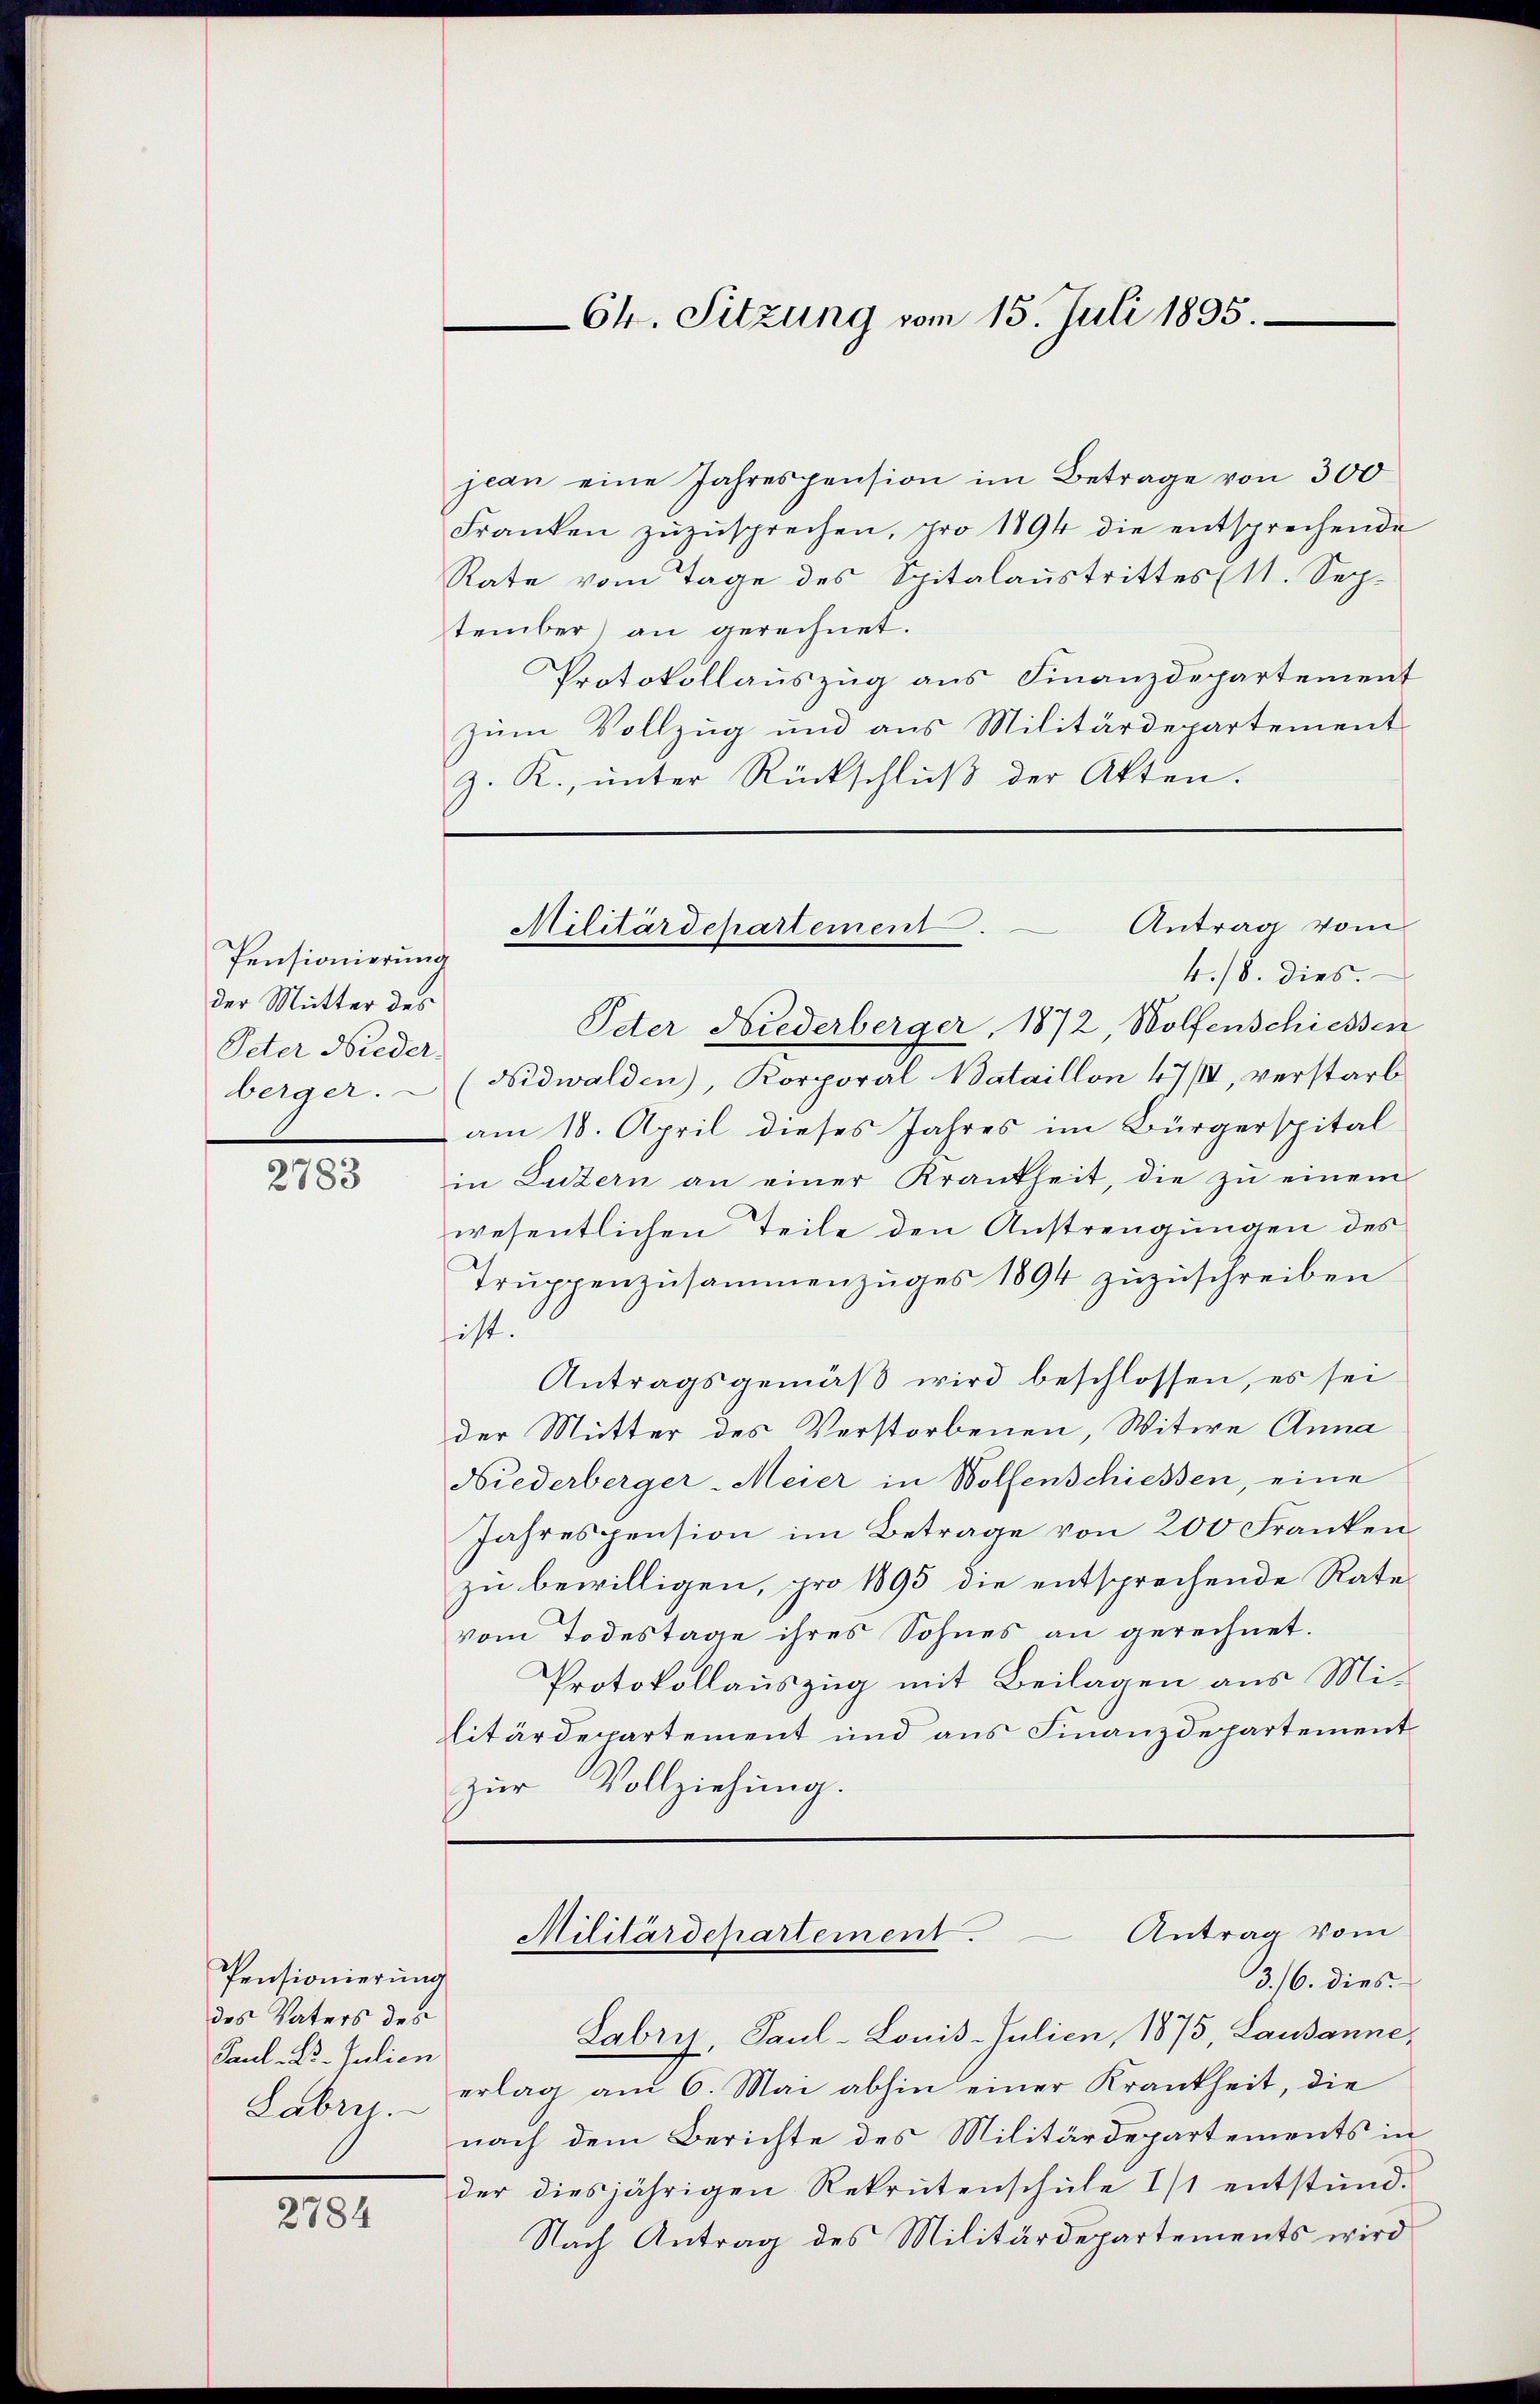
Pensionierung
der Mutter des
Peter Nieder
berger.

2783

Pensionierung
des Vaters des
Paul Dr. Julien
Labriz.

2784

jean eine Jahrespension im Betrage von 300
Franken zŭzŭsprechen, pro 1894 die entsprechende
Rate vom Tage des Spitalaustrittes (11. September) an gerechnet.
Protokollauszug aus Finanzdepartement
zum Vollzug und aus Militärdepartement
z. R., unter Rückschlŭβ der Akten.
Oder Niederberger, 1872, Wolfenschiessen
(Nidwalden), Korporal Bataillon 47 III, verstarb
am 18. April dieses Jahres im Bürgerspital
in Luzern an einer Krankheit, die zŭ einem
wesentlichen Teile den Anstrengungen des
Truppenzusammenzuges 1894 zuzuschreiben
hist.
Antragsgemäβ wird beschlossen, es sei
der Mutter des Verstorbenen, Witwe Anna
Niederberger-Meier in Wolfenschießen, eine
Jahrespension im Betrage von 200 Franken
zu bewilligen, pro 1895 die entsprechende Rate
vom Todestage ihres Sohnes an gerechnet.
Protokollauszug mit Beilagen aus Mi-
litärdepartement und aus Finanzdepartement
zŭr Vollziehung.

64. Sitzung vom 15. Juli 1895

Antrag vom
Militärdepartement.
4./8. dies

Labris, Paul -Louis-Julien, 1875, Lausanne,
erlag am 6. Mai abhin einer Krankheit, die
nach dem Berichte des Militärdepartements in
der diesjährigen Rekrutenschule 1/1 entstand.
Nach Antrag des Militärdepartements wird

Militärdepartement. — Antrag vom
3./6. dies